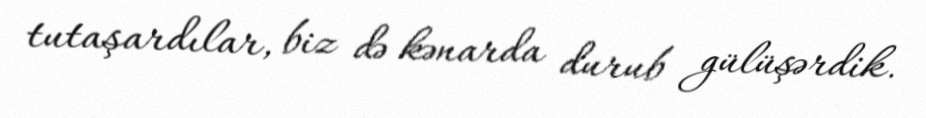
tutaşardılar, biz də kənarda durub gülüşərdik.